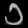
Digit: ၁